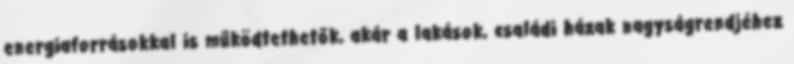
energiaforrásokkal is működtethetők, akár a lakások, családi házak nagyságrendjéhez